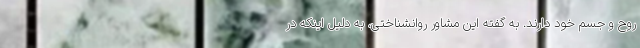
روح و جسم خود دارند. به گفته این مشاور روانشناختی، به دلیل اینکه در